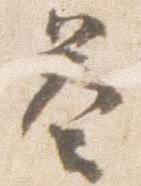
答